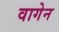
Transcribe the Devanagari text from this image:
वागेन